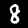
Digit: 8